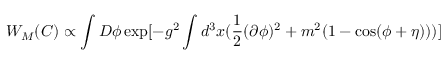
W _ { M } ( C ) \propto \int D \phi \exp [ - g ^ { 2 } \int d ^ { 3 } x ( \frac { 1 } { 2 } ( \partial \phi ) ^ { 2 } + m ^ { 2 } ( 1 - \cos ( \phi + \eta ) ) ) ]